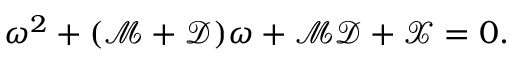
\omega ^ { 2 } + ( \mathcal { M } + \mathcal { D } ) \omega + \mathcal { M } \mathcal { D } + \mathcal { X } = 0 .